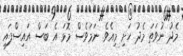
މެދު ނުވަތަ މެދު ހަށި މިއެވެ. ނަމަވެސް މޮޅަ އެ ބަސް އައިސްފައި